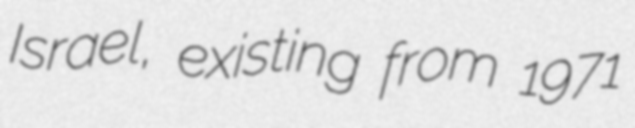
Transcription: Israel, existing from 1971